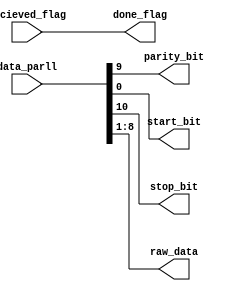
//  INFO.: Undergraduate ECE student, Alexandria university, Egypt.
//  AUTHOR'S EMAIL: majiidd17@icloud.com
//  TYPE: module.
//  KEYWORDS: Frame, Data.
//  PURPOSE: An RTL modelling for separating the frame
//  into Data bits, Parity bit, Start and Stop bits.

module DeFrame(
    input wire  [10:0]  data_parll,     //  Data frame passed from the sipo unit.
    input wire          recieved_flag,

    output reg          parity_bit,     //  The parity bit separated from the data frame.
    output reg          start_bit,      //  The Start bit separated from the data frame.
    output reg          stop_bit,       //  The Stop bit separated from the data frame.
    output reg          done_flag,      //  Indicates that the data is recieved and ready for another data packet.
    output reg  [7:0]   raw_data        //  The 8-bits data separated from the data frame.
);

//  Deframing 
always @(*) 
begin
  start_bit       = data_parll[0];
  raw_data[7:0]   = data_parll[8:1];
  parity_bit      = data_parll[9];
  stop_bit        = data_parll[10];
  done_flag       = recieved_flag;
end

endmodule